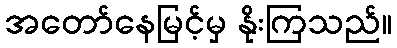
အတော်နေမြင့်မှ နိုးကြသည်။